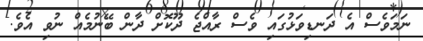
ނަމަވެސް އެ ދަނޑިވަޅުގައި ވެސް ރާއްޖެ ދޫކޮށް ދާން ބޭނުމެއް ނުވި އެވެ.